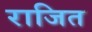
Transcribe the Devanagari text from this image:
राजित